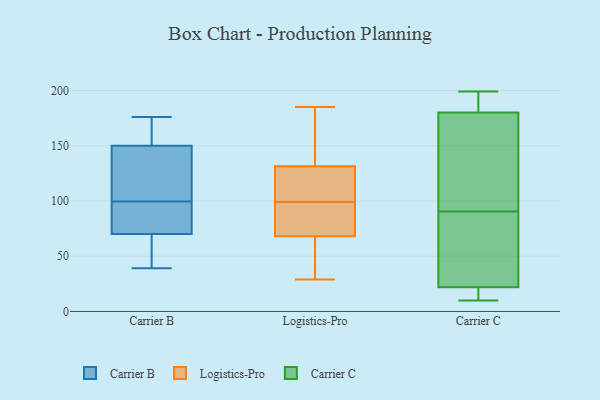
{"axis": {"x": "Energy Usage (MWh)", "y": "Value"}, "legend": ["Carrier B", "Carrier C", "Logistics-Pro"], "data": [{"x": "", "y": 143, "type": "Carrier B"}, {"x": "", "y": 80, "type": "Carrier B"}, {"x": "", "y": 176, "type": "Carrier B"}, {"x": "", "y": 157, "type": "Carrier B"}, {"x": "", "y": 125, "type": "Carrier B"}, {"x": "", "y": 60, "type": "Carrier B"}, {"x": "", "y": 99, "type": "Carrier B"}, {"x": "", "y": 39, "type": "Carrier B"}, {"x": "", "y": 160, "type": "Carrier B"}, {"x": "", "y": 50, "type": "Carrier B"}, {"x": "", "y": 100, "type": "Carrier B"}, {"x": "", "y": 82, "type": "Carrier B"}, {"x": "", "y": 171, "type": "Logistics-Pro"}, {"x": "", "y": 30, "type": "Logistics-Pro"}, {"x": "", "y": 78, "type": "Logistics-Pro"}, {"x": "", "y": 185, "type": "Logistics-Pro"}, {"x": "", "y": 99, "type": "Logistics-Pro"}, {"x": "", "y": 102, "type": "Logistics-Pro"}, {"x": "", "y": 29, "type": "Logistics-Pro"}, {"x": "", "y": 62, "type": "Logistics-Pro"}, {"x": "", "y": 72, "type": "Logistics-Pro"}, {"x": "", "y": 70, "type": "Logistics-Pro"}, {"x": "", "y": 124, "type": "Logistics-Pro"}, {"x": "", "y": 119, "type": "Logistics-Pro"}, {"x": "", "y": 154, "type": "Logistics-Pro"}, {"x": "", "y": 199, "type": "Carrier C"}, {"x": "", "y": 11, "type": "Carrier C"}, {"x": "", "y": 174, "type": "Carrier C"}, {"x": "", "y": 95, "type": "Carrier C"}, {"x": "", "y": 187, "type": "Carrier C"}, {"x": "", "y": 109, "type": "Carrier C"}, {"x": "", "y": 86, "type": "Carrier C"}, {"x": "", "y": 186, "type": "Carrier C"}, {"x": "", "y": 17, "type": "Carrier C"}, {"x": "", "y": 10, "type": "Carrier C"}, {"x": "", "y": 27, "type": "Carrier C"}, {"x": "", "y": 36, "type": "Carrier C"}]}